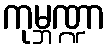
ကုမ္ဘဏ္ဍာ